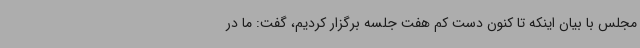
مجلس با بیان اینکه تا کنون دست کم هفت جلسه برگزار کردیم، گفت: ما در